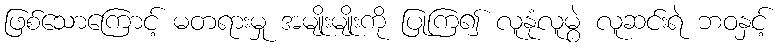
ဖြစ်သောကြောင့် မတရားမှု အမျိုးမျိုးကို ပြုကြ၍ လူနုံလူမွဲ လူဆင်းရဲ ဘဝနှင့်